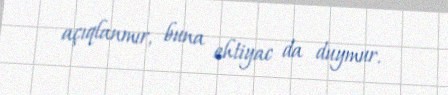
açıqlanmır, buna ehtiyac da duymur.